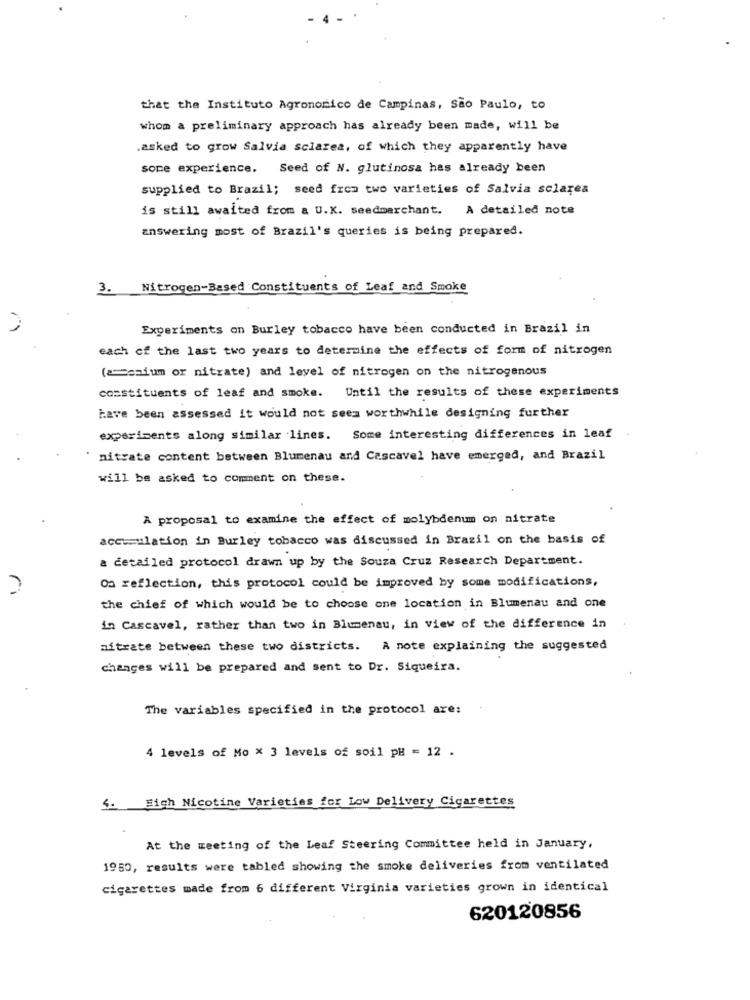
that the Instituto Agrononico de Campinas, São Paulo, to
whom a preliminary approach has already been made, will be
.asked to grow Salvia sclarea, of which they apparently have
some experience. Seed of N. glutinosa has already been
supplied to Brazil; seed from two varieties of Salvia sclares
is still awaited from a U.K. seedmerchant. A detailed note
answering most of Brazil's queries is being prepared.
3.
Nitrogen-Based Constituents of Leaf and Smoke
Experiments on Burley tobacco have been conducted in Brazil in
each of the last two years to determine the effects of form of nitrogen
(asaium or nitrate) and level of nitrogen on the nitrogenous
constituents of leaf and smoke. Until the results of these experiments
have been assessed it would not seem worthwhile designing further
experiments along similar lines. Some interesting differences in leaf
nitrate content between Blumenau and Cascavel have emerged, and Brazil
will be asked to comment on these.
A proposal to examine the effect of molybdenum on nitrate
accumulation in Burley tobacco was discussed in Brazil on the basis of
a detailed protocol drawn up by the Souza Cruz Research Department.
Oa reflection, this protocol could be improved by some modifications,
ri
the chief of which would be to choose one location in Blumenau and one
in Cascavel, rather than two in Blumenau, in view of the difference in
nitrate between these two districts. A note explaining the suggested
changes will be prepared and sent to Dr. Siqueira.
The variables specified in the protocol are:
4 levels of Mo x 3 levels of soil pH = 12 .
4. Sich Nicotine Varieties for Low Delivery Cigarettes
At the meeting of the Leaf Steering Committee held in January,
1950, results were tabled showing the smoke deliveries from ventilated
cigarettes made from 6 different Virginia varieties grown in identical
620120856